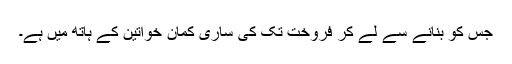
جس کو بنانے سے لے کر فروخت تک کی ساری کمان خواتین کے ہاتھ میں ہے۔